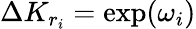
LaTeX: \Delta K_{r_{i}}=\exp(\omega_{i})